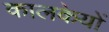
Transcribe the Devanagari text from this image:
कालकेयों